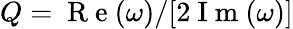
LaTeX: Q=\mathrm{~R~e~}(\omega)/[2\mathrm{~I~m~}(\omega)]